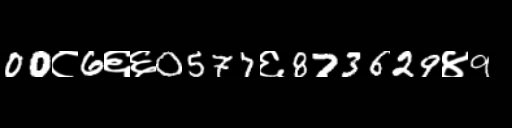
Text: 00८6६६0577६873629४9